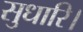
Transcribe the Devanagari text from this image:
सुधारि।